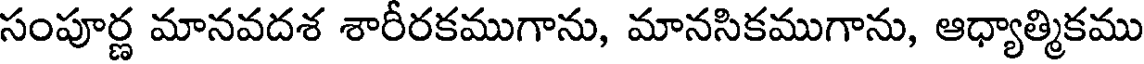
సంపూర్ణ మానవదశ శారీరకముగాను, మానసికముగాను, ఆధ్యాత్మికము